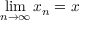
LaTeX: \operatorname* { l i m } _ { n \to \infty } x _ { n } = x